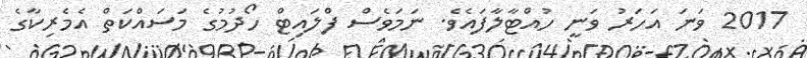
2017 ވަނަ އަހަރު ވަނީ ހުއްޓާލާފައެވެ. ނަމަވެސް ފްލައިޓް ހޯދުމުގެ މަސައްކަތް އެމެރިކާގެ